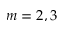
m = 2 , 3